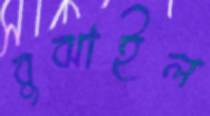
বুঝাইল